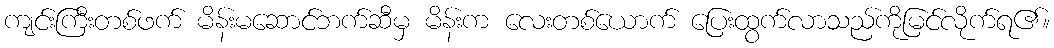
ကျင်းကြီးတစ်ဖက် မိန်းမဆောင်ဘက်ဆီမှ မိန်းက လေးတစ်ယောက် ပြေးထွက်လာသည်ကိုမြင်လိုက်ရ၏။